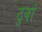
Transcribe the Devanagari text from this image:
ठुवां